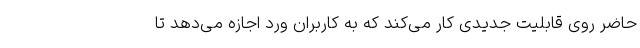
حاضر روی قابلیت جدیدی کار می‌کند که به کاربران ورد اجازه می‌دهد تا